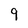
Character: 9